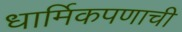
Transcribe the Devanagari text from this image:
धार्मिकपणाची